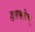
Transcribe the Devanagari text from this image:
ह्याकडेच